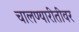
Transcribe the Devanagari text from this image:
चालण्यारीतीवर